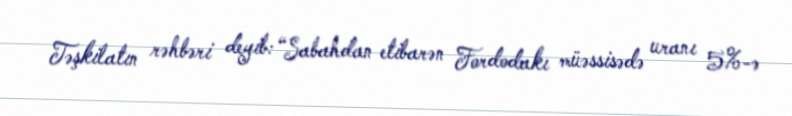
Təşkilatın rəhbəri deyib: “Sabahdan etibarən Fordodakı müəssisədə uranı 5%-ə